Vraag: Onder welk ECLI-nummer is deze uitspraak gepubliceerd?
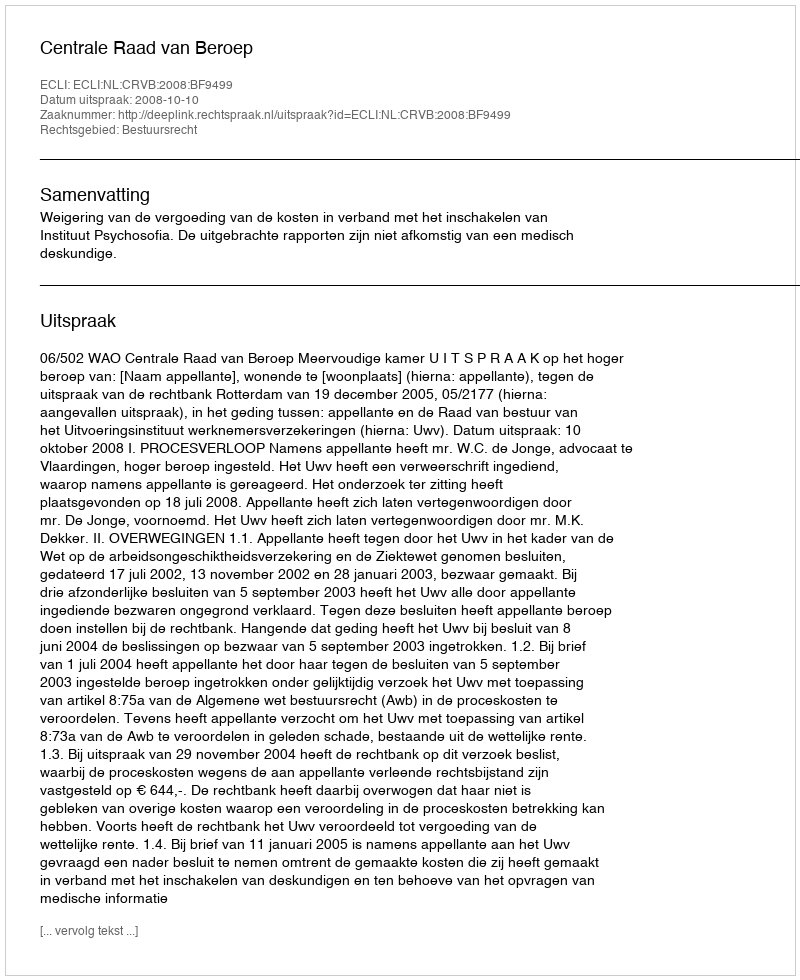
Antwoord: ECLI:NL:CRVB:2008:BF9499